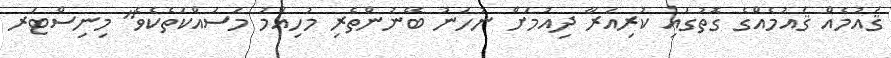
ޤައުމެއް ޤައުމެއްގެ ގޮތުގައި ކުރިއަރާ ދިއުމަށް ނުހަނު ބޭނުންތެރި މުހިއްމު މަސައްކަތެކެވެ" މިނިސްޓަރ